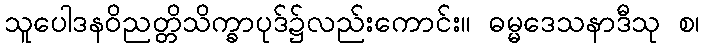
သူပေါဒနဝိညတ္တိသိက္ခာပုဒ်၌လည်းကောင်း။ ဓမ္မဒေသနာဒီသု စ၊